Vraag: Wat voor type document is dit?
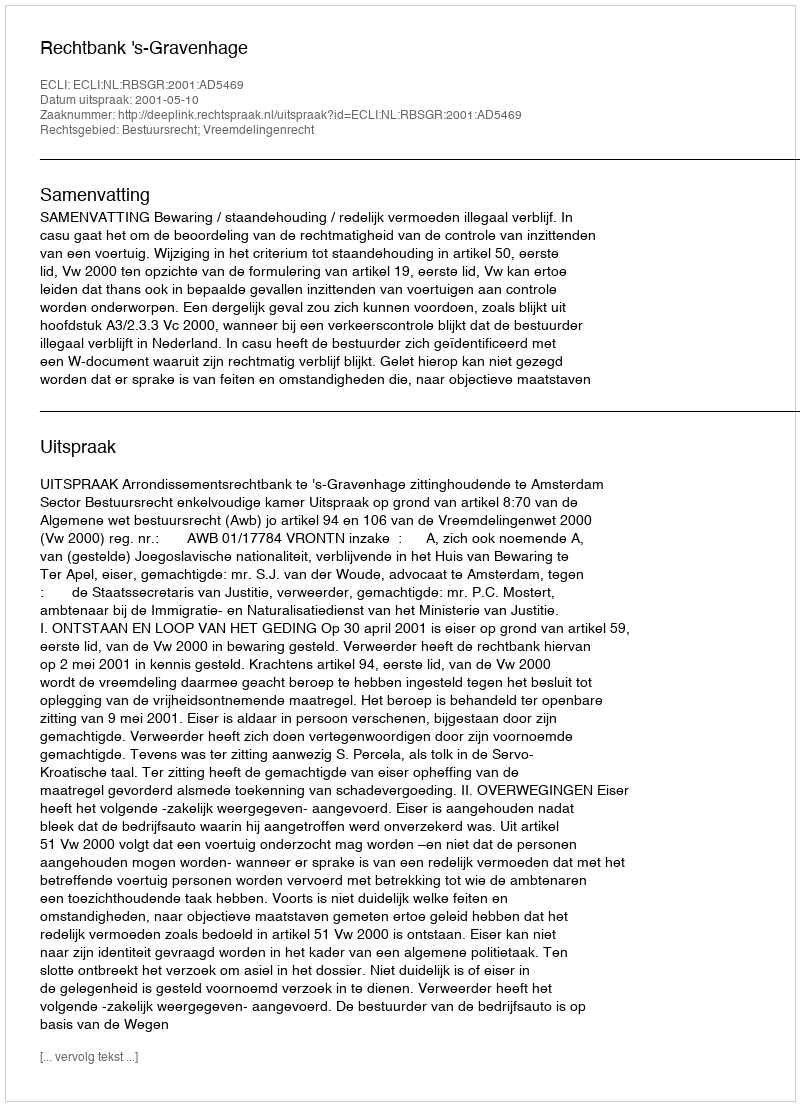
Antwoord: Uitspraak